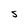
Character: S